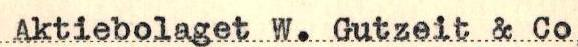
Aktiebolaget W. Gutzeit & Co